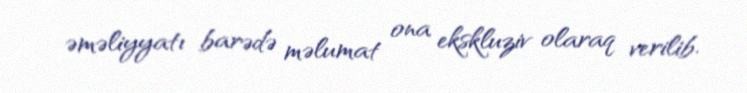
əməliyyatı barədə məlumat ona ekskluziv olaraq verilib.